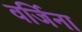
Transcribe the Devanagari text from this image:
वर्जिना